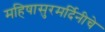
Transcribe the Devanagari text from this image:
महिषासुरमर्दिनीचे